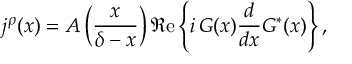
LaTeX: j ^ { \rho } ( x ) = { \cal A } \left( \frac { x } { \delta - x } \right) \Re \mathrm { e } \left\{ i \, G ( x ) \frac { d } { d x } G ^ { \ast } ( x ) \right\} ,